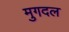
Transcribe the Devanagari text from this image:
मुगदल